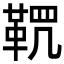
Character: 𩊸